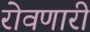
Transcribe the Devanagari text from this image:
रोवणारी